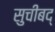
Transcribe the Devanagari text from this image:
सुचीबद्